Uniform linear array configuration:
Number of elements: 24
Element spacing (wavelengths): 0.5
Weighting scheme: exponential
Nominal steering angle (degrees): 15
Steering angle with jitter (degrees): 13.869
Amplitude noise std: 0.05
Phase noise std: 0.05

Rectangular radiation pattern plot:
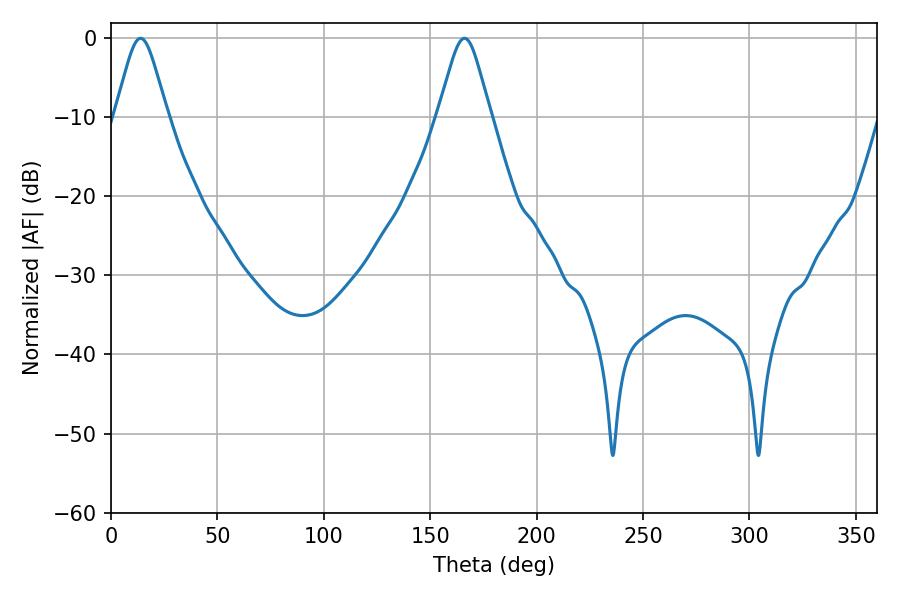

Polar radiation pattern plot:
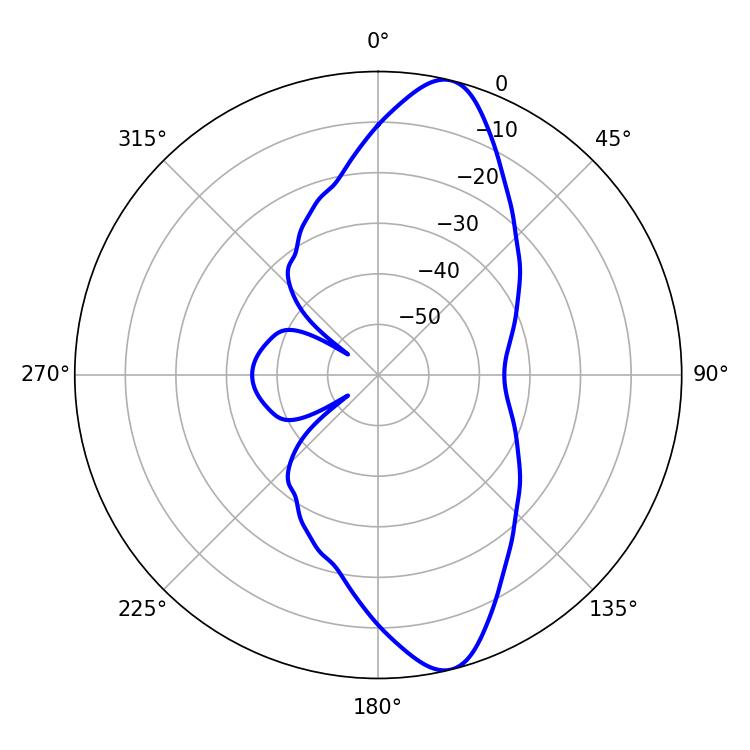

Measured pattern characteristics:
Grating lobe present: FALSE
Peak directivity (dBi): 12.103
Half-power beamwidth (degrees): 11.88
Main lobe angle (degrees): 13.86